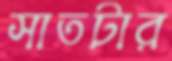
সাতটার